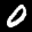
Label: 0